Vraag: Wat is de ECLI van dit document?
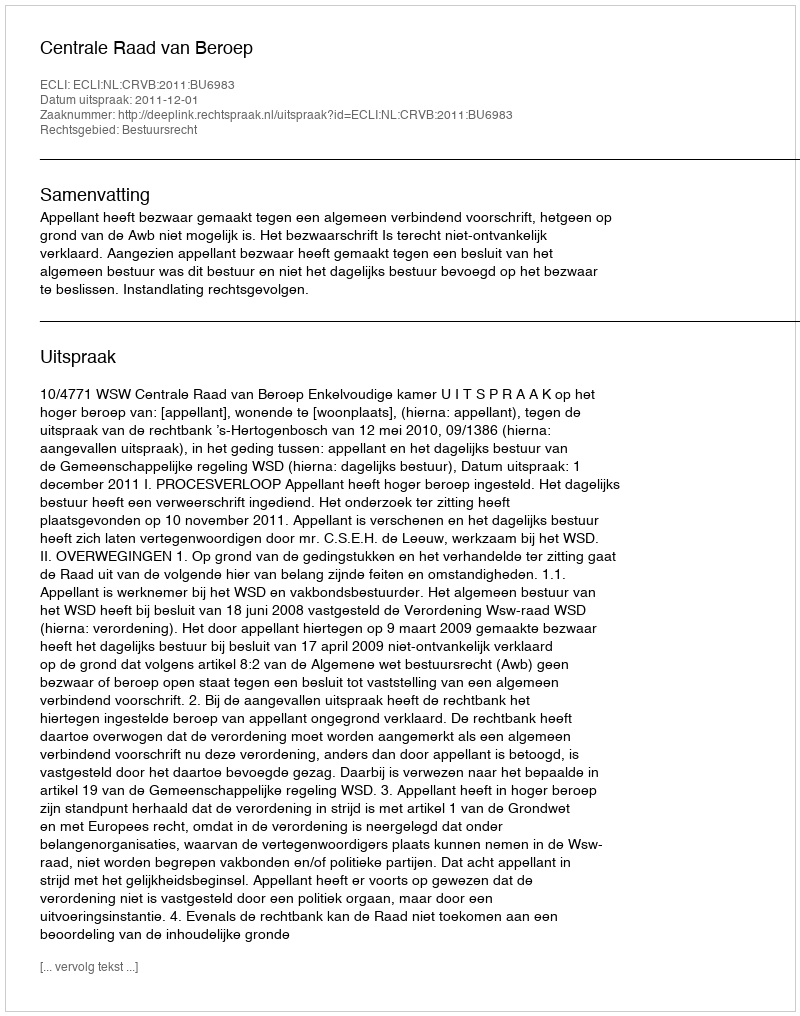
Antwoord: ECLI:NL:CRVB:2011:BU6983